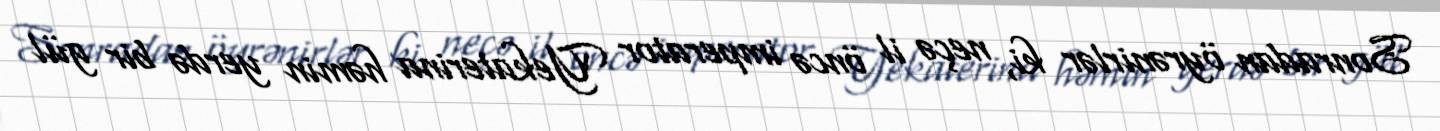
Sonradan öyrənirlər ki, neçə il öncə imperator Yekaterina həmin yerdə bir gül